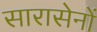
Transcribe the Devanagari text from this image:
सारासेनों